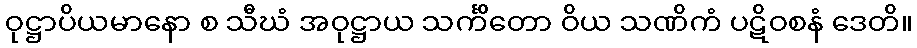
ဝုဋ္ဌာပိယမာနော စ သီဃံ အဝုဋ္ဌာယ သင်္ကိတော ဝိယ သဏိကံ ပဋိဝစနံ ဒေတိ။